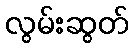
လွမ်းဆွတ်